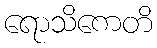
ရောသိကေတိ